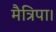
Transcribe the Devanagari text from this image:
मैत्रिपा।